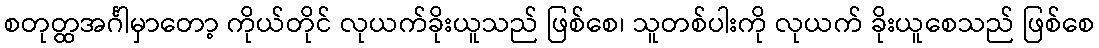
စတုတ္ထအင်္ဂါမှာတော့ ကိုယ်တိုင် လုယက်ခိုးယူသည် ဖြစ်စေ၊ သူတစ်ပါးကို လုယက် ခိုးယူစေသည် ဖြစ်စေ